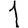
Digit: 1